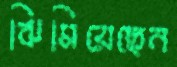
ঝিমিয়েছেন